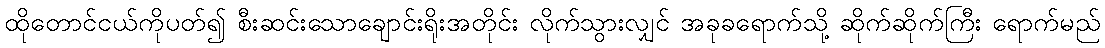
ထိုတောင်ငယ်ကိုပတ်၍ စီးဆင်းသောချောင်းရိုးအတိုင်း လိုက်သွားလျှင် အခုခရောက်သို့ ဆိုက်ဆိုက်ကြီး ရောက်မည်